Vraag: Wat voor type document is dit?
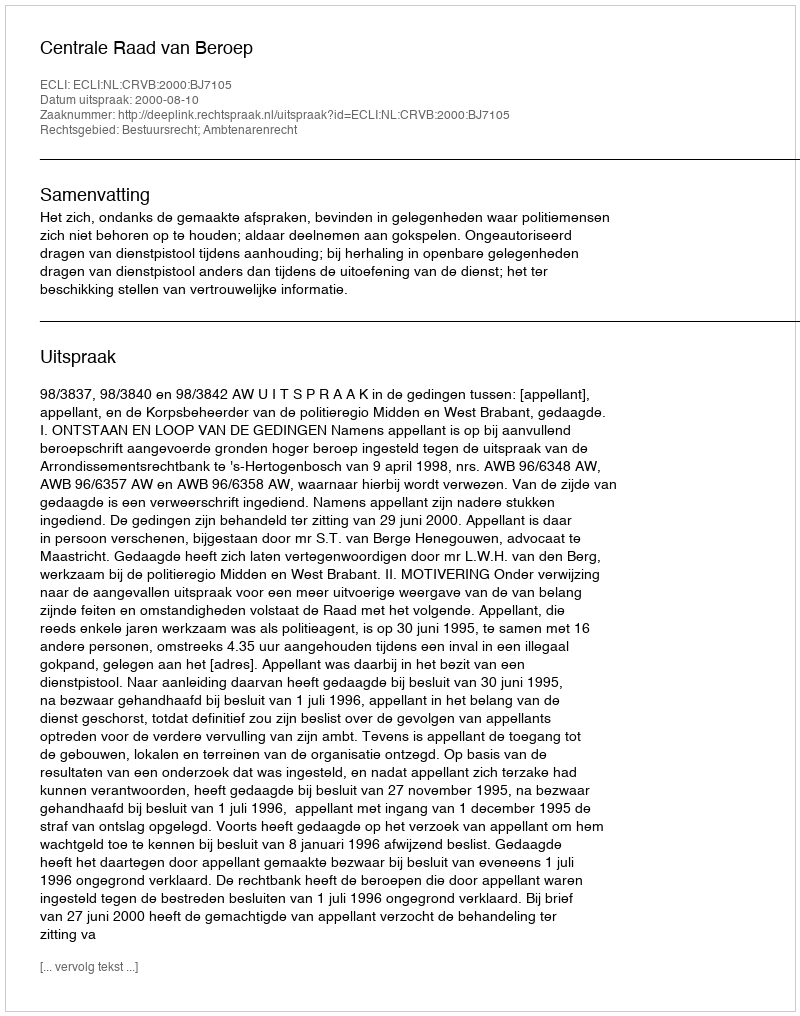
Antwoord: Uitspraak